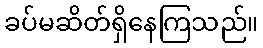
ခပ်မဆိတ်ရှိနေကြသည်။